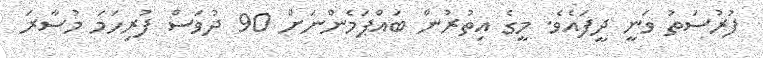
ފުރުސަތު ވަނީ ދީފައެވެ. މީގެ އިތުރުން ބައްޕަމެންނަށް 90 ދުވަސް ފުރިހަމަ މުސާރަ